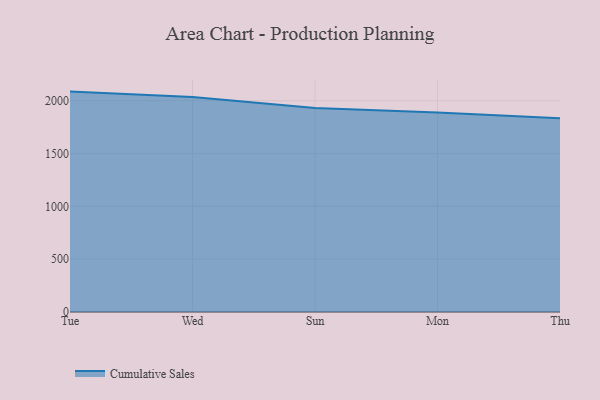
{"axis": {"x": "Day", "y": "Customer Acquisition Cost (USD)"}, "legend": ["Cumulative Sales"], "data": [{"x": "Tue", "y": 2086.6, "type": "Cumulative Sales"}, {"x": "Wed", "y": 2036.6, "type": "Cumulative Sales"}, {"x": "Sun", "y": 1932.2, "type": "Cumulative Sales"}, {"x": "Mon", "y": 1888.7, "type": "Cumulative Sales"}, {"x": "Thu", "y": 1833.6, "type": "Cumulative Sales"}]}